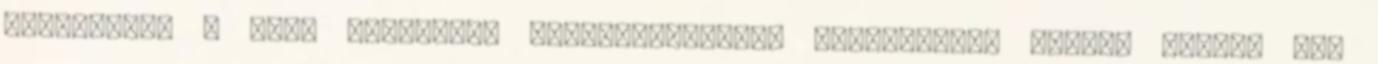
átalakulás a XIX. században Magyarországon. Tanulmányok Szabad György 70.